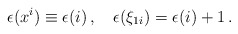
\begin{align*}\epsilon(x^i)\equiv\epsilon(i)\,,\quad\epsilon(\xi_{1i})=\epsilon(i)+1\,.\end{align*}